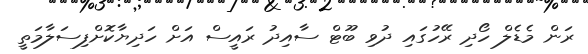
ރަން މެޑެލް ހޯދި ރޭހުގައި ދުވި ބޫޓް ސާއިދު ރައީސް އަށް ހަދިޔާކޮށްފިސަލާމަތީ